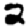
Digit: 2